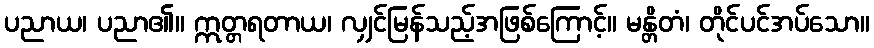
ပညာယ၊ ပညာ၏။ ဣတ္တရတာယ၊ လျှင်မြန်သည့်အဖြစ်ကြောင့်။ မန္တိတံ၊ တိုင်ပင်အပ်သော။